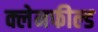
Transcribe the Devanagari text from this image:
क्लेनफील्ड